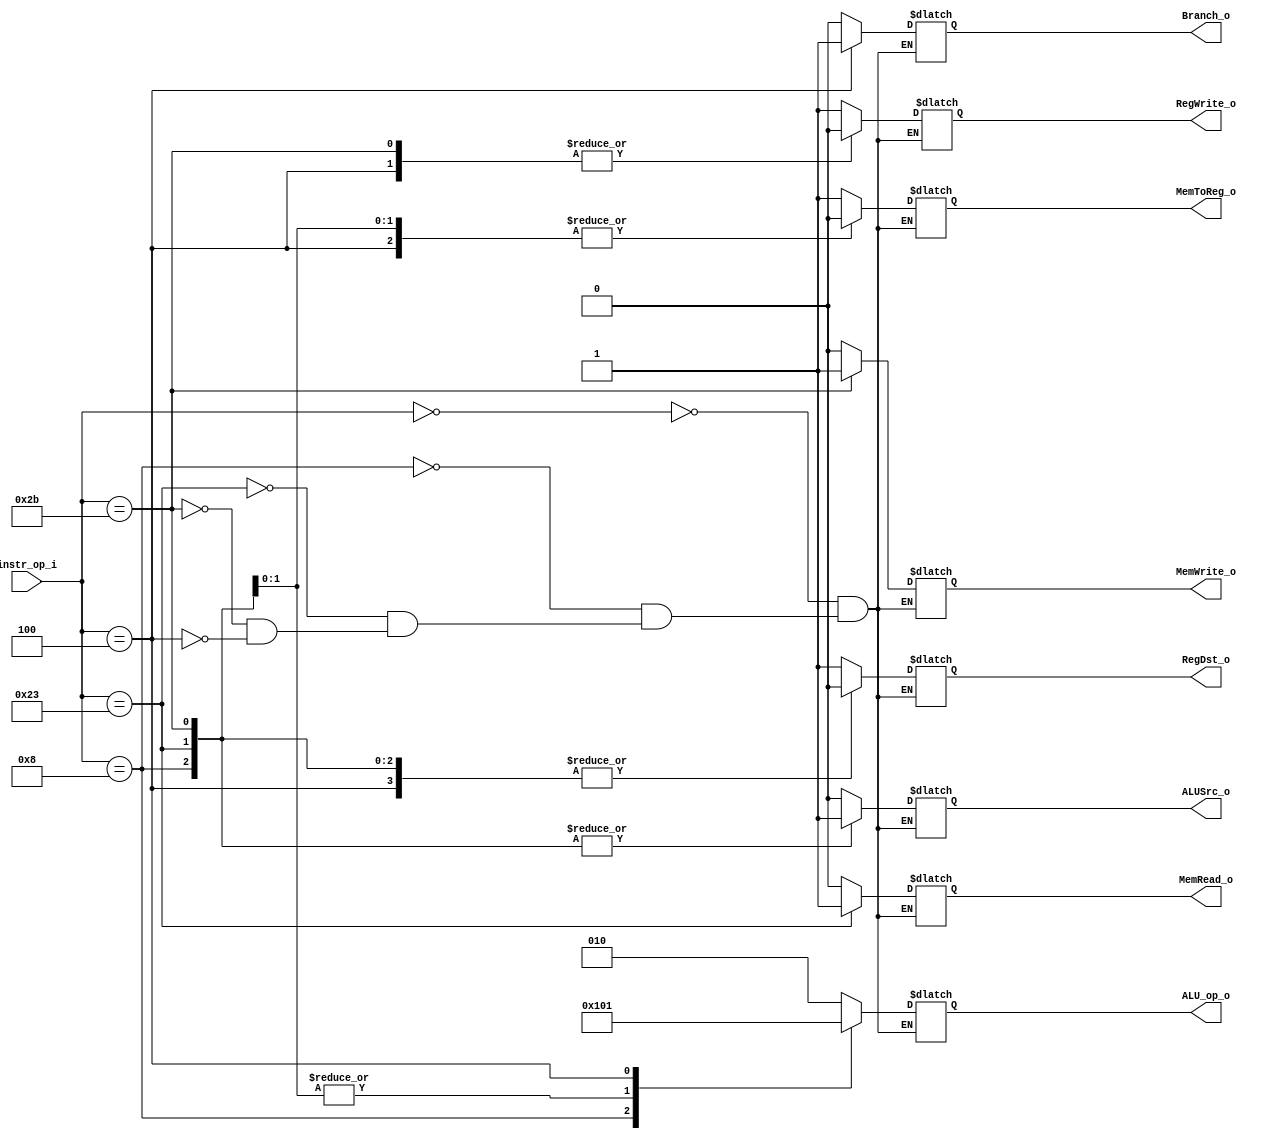
//Subject:     CO project 2 - Decoder
//--------------------------------------------------------------------------------
//Version:     1
//--------------------------------------------------------------------------------
//Writer:      Luke
//----------------------------------------------
//----------------------------------------------
//Description: 
//--------------------------------------------------------------------------------

module Decoder(
    	instr_op_i,
				//instr_fun_i,
	RegWrite_o, //for WB
	ALU_op_o, //for EX
	ALUSrc_o, //for EX
	RegDst_o, //for EX
	Branch_o, //for M
	MemToReg_o, //for WB
				//BranchType_o, 
				//Jump_o,
	MemRead_o, //for M
	MemWrite_o //for M
				//JumpToReg_o
	);
     
//I/O ports
input  [6-1:0] instr_op_i;
				//input  [6-1:0] instr_fun_i;

output         RegWrite_o;
output [3-1:0] ALU_op_o;
output         ALUSrc_o;
output	       RegDst_o;
output         Branch_o;
output	       MemToReg_o;
				//output	[2-1:0] BranchType_o;
				//output		Jump_o;
output		MemRead_o;
output		MemWrite_o;
				//output		JumpToReg_o;
//Internal Signals

reg            RegWrite_o;
reg    [3-1:0] ALU_op_o;
reg            ALUSrc_o;
reg	       RegDst_o;
reg            Branch_o;
reg	       MemToReg_o;
				//reg	[2-1:0] BranchType_o;
				//reg		Jump_o;
reg		MemRead_o;
reg		MemWrite_o;
				//reg		JumpToReg_o;
//Parameter

// addi    001000
// sw      101011
// lw      100011
// R-type  000000
// beq     000100

//Main function
always@(*)
begin
	case(instr_op_i)
		6'b000000 : begin //R-type
				Branch_o <= 0; MemToReg_o <= 1;
			    	MemRead_o <= 0; MemWrite_o <= 0;
				ALU_op_o <= 3'b010; ALUSrc_o <= 0;
				RegWrite_o <= 1; RegDst_o <= 1;
			    end
		6'b001000 : begin //addi
			    	Branch_o <= 0; MemToReg_o <= 1;
			    	MemRead_o <= 0; MemWrite_o <= 0;
			    	ALU_op_o <= 3'b100; ALUSrc_o <= 1;
			    	RegWrite_o <= 1; RegDst_o <= 0;
			    end
		6'b100011 : begin //lw
			    Branch_o <= 0; MemToReg_o <= 0;
			    MemRead_o <= 1; MemWrite_o <= 0;
			    ALU_op_o <= 3'b000; ALUSrc_o <= 1;
			    RegWrite_o <= 1; RegDst_o <= 0;
			    end
		6'b101011 : begin //sw
			    Branch_o <= 0; MemToReg_o <= 0;
			    MemRead_o <= 0; MemWrite_o <= 1;
			    ALU_op_o <= 3'b000; ALUSrc_o <= 1;
			    RegWrite_o <= 0; RegDst_o <= 0;	
			    end
		6'b000100 : begin //beq
			    Branch_o <= 1; MemToReg_o <= 0;
			    MemRead_o <= 0; MemWrite_o <= 0;
			    ALU_op_o <= 3'b001; ALUSrc_o <= 0;
			    RegWrite_o <= 0; RegDst_o <= 0;	
			    end
	endcase
end
endmodule